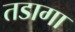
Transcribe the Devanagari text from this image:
तडागा